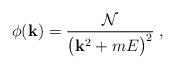
LaTeX: \begin{align*}\phi({\bf k}) = {{\cal N} \over \bigl({\bf k}^2+m E\bigr)^2} \;,\end{align*}